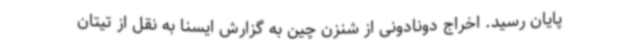
پایان رسید. اخراج دونادونی از شنزن چین به گزارش ایسنا به نقل از تیتان